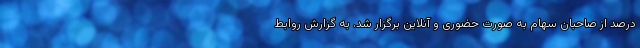
‌درصد از صاحبان سهام به صورت حضوری و آنلاین برگزار شد. به گزارش روابط